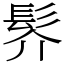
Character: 䯰